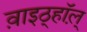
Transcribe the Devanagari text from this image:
व़ाइठ्हाॅल़्